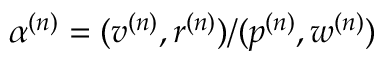
\alpha ^ { ( n ) } = ( v ^ { ( n ) } , r ^ { ( n ) } ) / ( p ^ { ( n ) } , w ^ { ( n ) } )